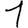
Digit: 1